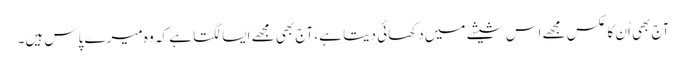
آج بھی اُن کا عکس مجھے اس شیشے میں دکھائی دیتا ہے، آج بھی مجھے ایسا لگتا ہے کہ وہ میرے پاس ہیں۔